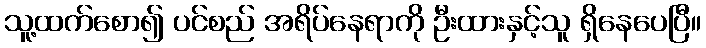
သူ့ထက်စော၍ ပင်စည် အရိပ်နေရာကို ဦးထားနှင့်သူ ရှိနေပေပြီ။